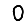
Digit: 0